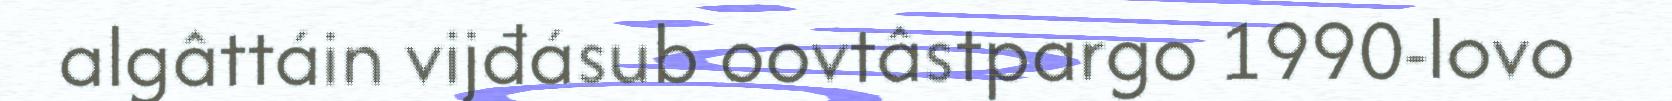
algâttáin vijđásub oovtâstpargo 1990‐lovo